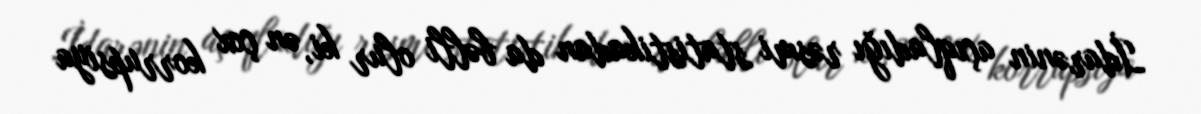
İdarənin açıqladığı rəsmi statistikadan da bəlli olur ki, ən çox korrupsiya